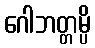
ဂေါဘတ္တမ္ပိ